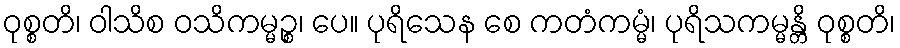
ဝုစ္စတိ၊ ဝါသိစ ဝသိကမ္မဉ္စ၊ ပေ။ ပုရိသေန စေ ကတံကမ္မံ၊ ပုရိသကမ္မန္တိ ဝုစ္စတိ၊